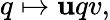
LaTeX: q\mapsto\mathbf{u}qv,